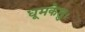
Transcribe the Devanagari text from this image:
धूमकेतुः